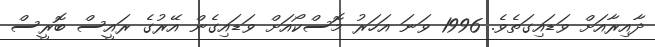
ދާއިރާއަށް ވަޑައިގަތެވެ. 1996 ވަނަ އަހަރު މޮސްކޯއަށް ވަޑައިގެން އޭރުގެ ރައީސް ބޮރީސް